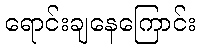
ရောင်းချနေကြောင်း